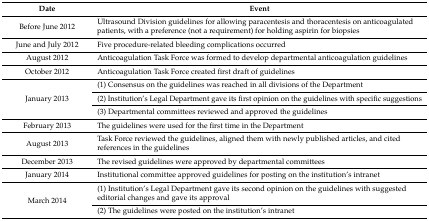
| Date | Event |
 | --- | --- |
 | Before June 2012 | Ultrasound Division guidelines for allowing paracentesis and thoracentesis on anticoagulated patients, with a preference (not a requirement) for holding aspirin for biopsies |
 | June and July 2012 | Five procedure-related bleeding complications occurred |
 | August 2012 | Anticoagulation Task Force was formed to develop departmental anticoagulation guidelines |
 | October 2012 | Anticoagulation Task Force created first draft of guidelines |
 | <ROWSPAN=3> January 2013 | (1) Consensus on the guidelines was reached in all divisions of the Department |
 | (2) Institution’s Legal Department gave its first opinion on the guidelines with specific suggestions |
 | (3) Departmental committees reviewed and approved the guidelines |
 | February 2013 | The guidelines were used for the first time in the Department |
 | August 2013 | Task Force reviewed the guidelines, aligned them with newly published articles, and cited references in the guidelines |
 | December 2013 | The revised guidelines were approved by departmental committees |
 | January 2014 | Institutional committee approved guidelines for posting on the institution’s intranet |
 | <ROWSPAN=2> March 2014 | (1) Institution’s Legal Department gave its second opinion on the guidelines with suggested editorial changes and gave its approval |
 | (2) The guidelines were posted on the institution’s intranet |